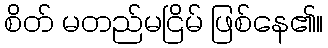
စိတ် မတည်မငြိမ် ဖြစ်နေ၏။